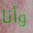
وأنا